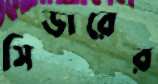
সিডারের